画像に写った文字を読んでください
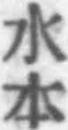
「水本」と書いてあります